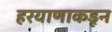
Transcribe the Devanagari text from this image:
हरयाणाकडून